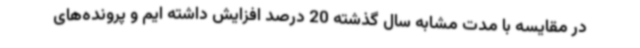
در مقایسه با مدت مشابه سال گذشته 20 درصد افزایش داشته ایم و پرونده‌های